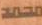
محمد